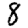
Digit: 8